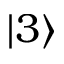
| 3 \rangle